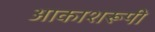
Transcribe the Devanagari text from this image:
आकाशरूपी